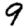
Digit: 9